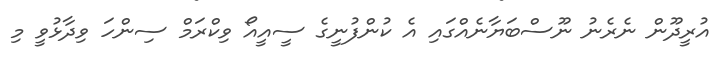
އުރީދޫން ނެރެނު ނޫސްބަޔާނެއްގައި އެ ކުންފުނީގެ ސީއީއޯ ވިކްރަމް ސިންހަ ވިދާޅުވީ މި